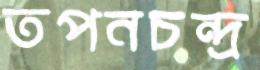
তপনচন্দ্র